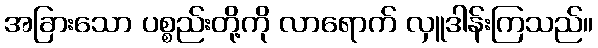
အခြားသော ပစ္စည်းတို့ကို လာရောက် လှူဒါန်းကြသည်။